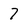
Character: 7